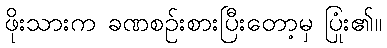
ဖိုးသားက ခဏစဉ်းစားပြီးတော့မှ ပြုံး၏။